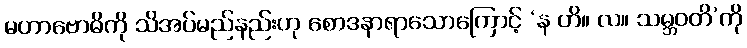
မဟာဗောဓိကို သိအပ်မည်နည်းဟု စောဒနာရာသောကြောင့် ‘န ဟိ။ လ။ သမ္ဘဝတိ’ကို